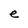
Character: e